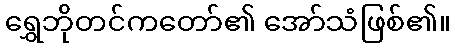
ရွှေဘိုတင်ကတော်၏ အော်သံဖြစ်၏။